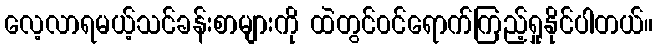
လေ့လာရမယ့်သင်ခန်းစာများကို ထဲတွင်၀င်ရောက်ကြည့်ရှုနိုင်ပါတယ်။